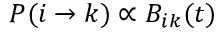
P ( i \xrightarrow { } k ) \propto B _ { i k } ( t )